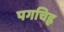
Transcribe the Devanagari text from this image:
पगचिह्न